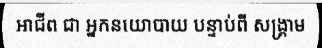
អាជីព ជា អ្នកនយោបាយ បន្ទាប់ពី សង្គ្រាម